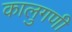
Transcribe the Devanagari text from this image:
कालुगणी